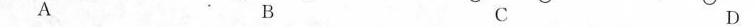
A B C D